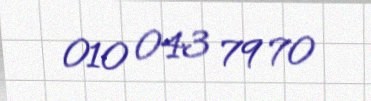
010 043 79 70